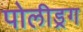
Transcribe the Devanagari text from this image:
पोलीड्रग